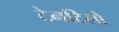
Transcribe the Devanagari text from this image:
टेनटिलो